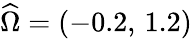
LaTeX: \widehat{\Omega}=(-0.2,\, 1.2)